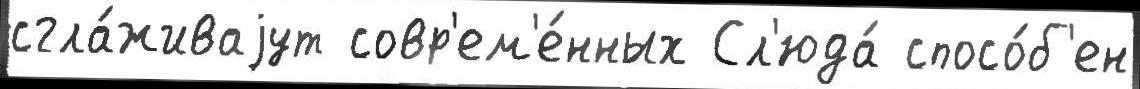
сгла́живаjут совр'ем'е́нных Сл'юда́ спосо́б'ен